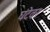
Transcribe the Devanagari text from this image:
घंटेवर